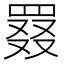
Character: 罬